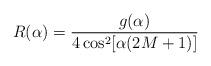
\begin{align*}R(\alpha)=\frac{g(\alpha)}{4\cos^2[\alpha(2M+1)]}\end{align*}